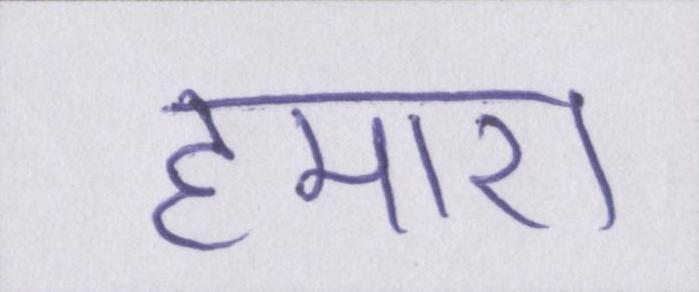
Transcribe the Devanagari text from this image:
हमारा